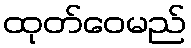
ထုတ်ဝေမည်